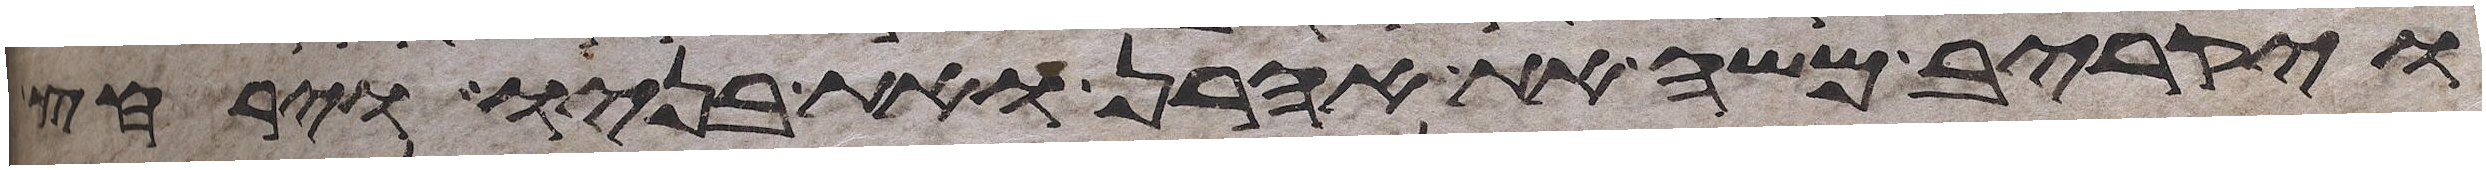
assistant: ויקריב משה את אהרן ואת בניו וירחץ